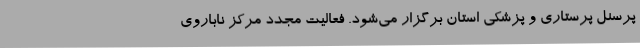
پرسنل پرستاری و پزشکی استان برگزار می‌شود. فعالیت مجدد مرکز ناباروی